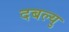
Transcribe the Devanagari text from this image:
दबल्यु